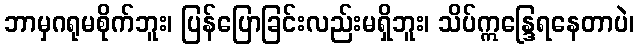
ဘာမှဂရုမစိုက်ဘူး၊ ပြန်ပြောခြင်းလည်းမရှိဘူး၊ သိပ်ဣန္ဒြေရနေတာပဲ၊